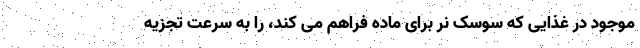
موجود در غذایی که سوسک نر برای ماده فراهم می کند، را به سرعت تجزیه